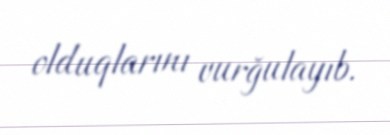
olduqlarını vurğulayıb.